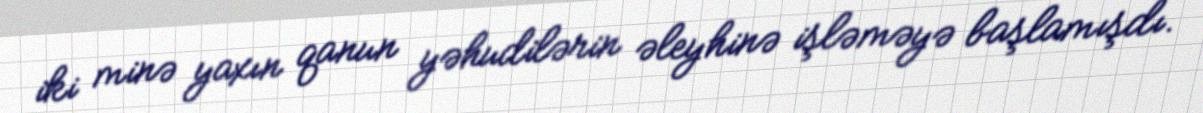
iki minə yaxın qanun yəhudilərin əleyhinə işləməyə başlamışdı.